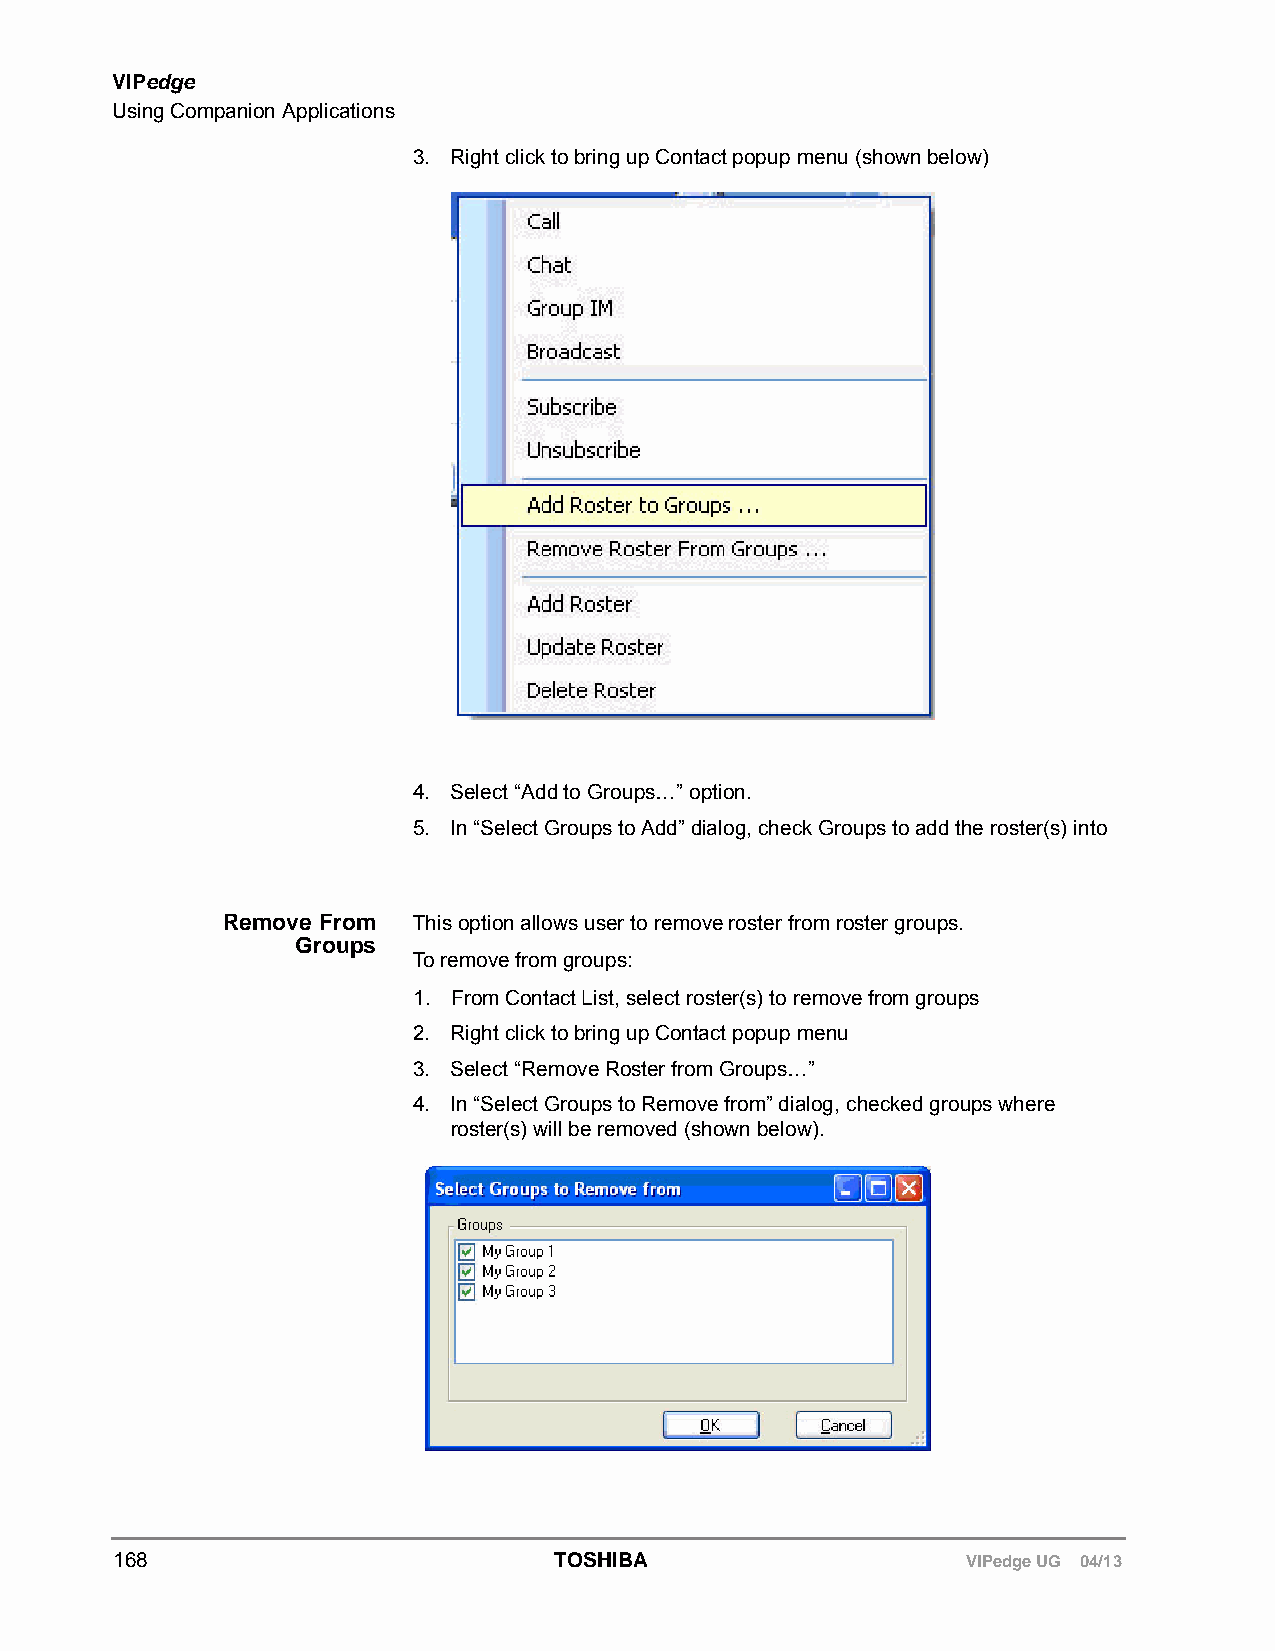
VIPedge
 Using Companion Applications
 3. Right click to bring up Contact popup menu (shown below)
 4. Select “Add to Groups…” option.
 5. In “Select Groups to Add” dialog, check Groups to add the roster(s) into
 Remove From This option allows user to remove roster from roster groups.
 Groups
 To remove from groups:
 1. From Contact List, select roster(s) to remove from groups
 2. Right click to bring up Contact popup menu
 3. Select “Remove Roster from Groups…”
 4. In “Select Groups to Remove from” dialog, checked groups where
 roster(s) will be removed (shown below).
 168                          TOSHIBA                    VIPedge UG 04/13